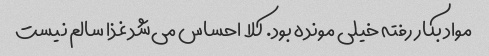
مواد بکار رفته خیلی مونده بود. کلا احساس می‌شد غذا سالم نیست